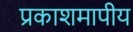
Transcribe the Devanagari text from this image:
प्रकाशमापीय